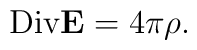
{\rm Div}{\bf E} =4\pi \rho.